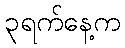
၃ရက်နေ့က